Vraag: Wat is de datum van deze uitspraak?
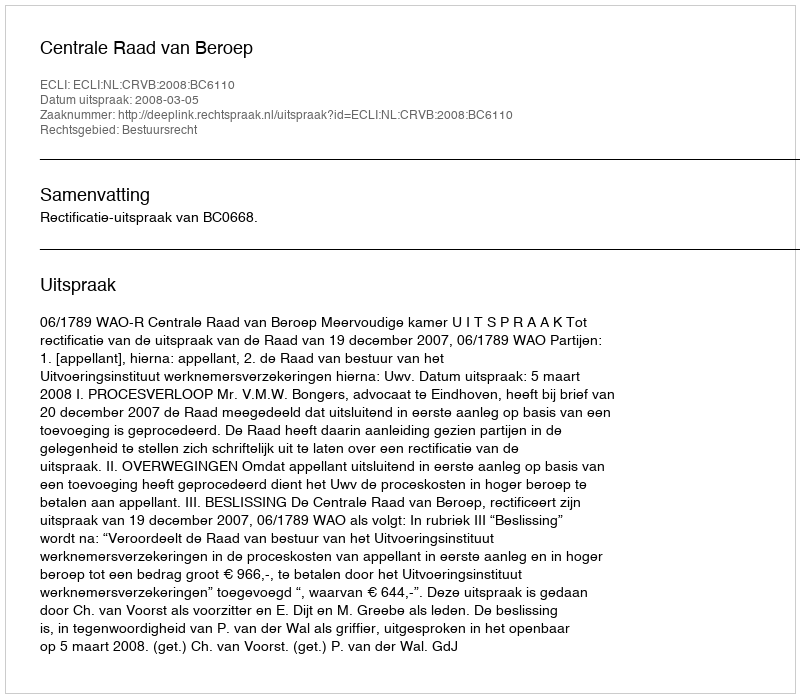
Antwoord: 2008-03-05